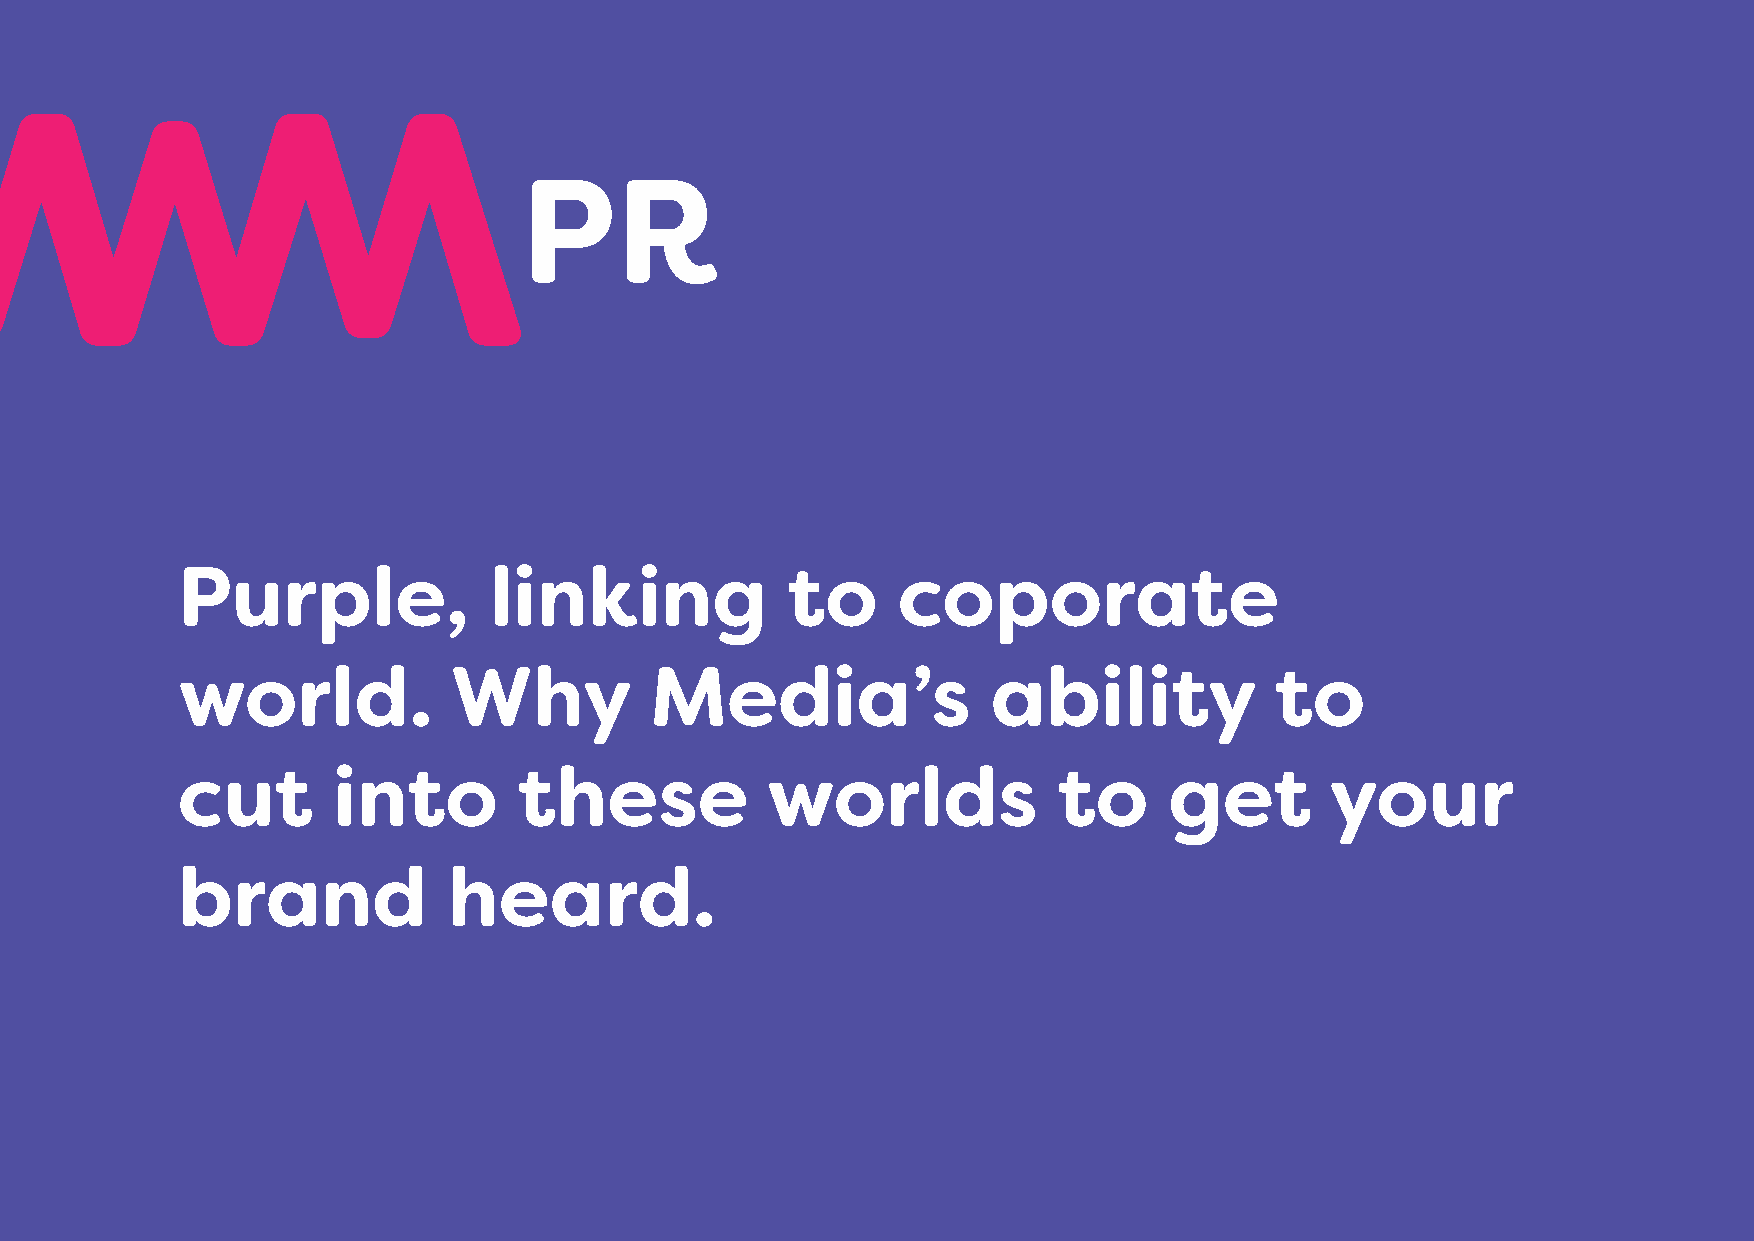
PR
 Purple,             linking             to     coporate
 world.            Why          Media’s                ability           to
 cut       into        these            worlds             to     get        your
 brand             heard.